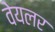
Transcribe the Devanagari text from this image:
वेयलर